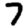
Digit: 7